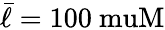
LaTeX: \bar{\ell}=100\mathrm{\ muM}